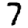
Digit: 7